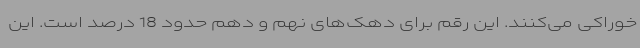
خوراکی می‌کنند. این رقم برای دهک‌های نهم و دهم حدود 18 درصد است. این